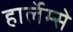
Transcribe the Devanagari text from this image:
हार्लेम्से